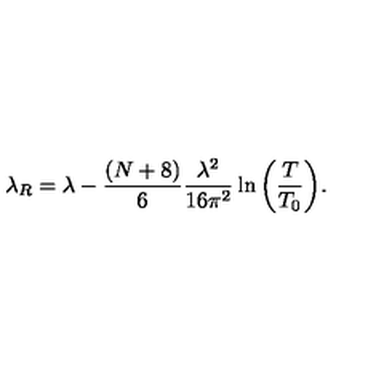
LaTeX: \lambda _ { R } = \lambda - \frac { ( N + 8 ) } { 6 } \frac { \lambda ^ { 2 } } { 1 6 \pi ^ { 2 } } \ln { \left( \frac { T } { T _ { 0 } } \right) } .